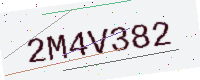
Text: 2M4V382